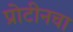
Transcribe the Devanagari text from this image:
प्रोटीनचा